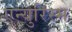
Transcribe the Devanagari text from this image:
एन्युरिस्म